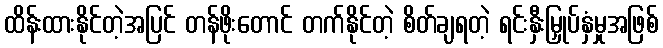
ထိန်းထားနိုင်တဲ့အပြင် တန်ဖိုးတောင် တက်နိုင်တဲ့ စိတ်ချရတဲ့ ရင်းနှီးမြှုပ်နှံမှုအဖြစ်